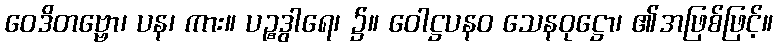
ဝေဒိတဗ္ဗော၊ ပန၊ ကား။ ပဉ္စဒွါရေ၊ ၌။ ဝေါဋ္ဌပနဝ သေနဝုဋ္ဌော၊ ၏အဖြစ်ဖြင့်။